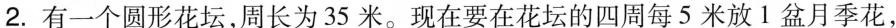
2.有一个圆形花坛，周长为35米。现在要在花坛的四周每5米放1盆月季花，